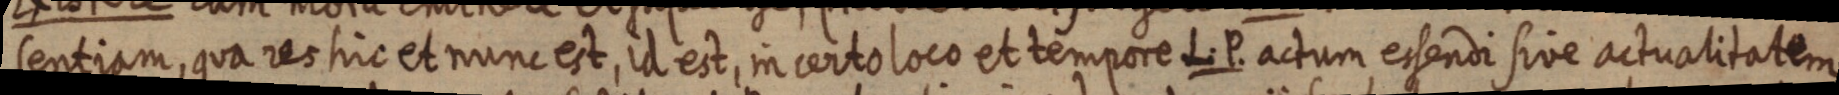
sentiam, qua res hic et nunc est, id est, in certo loco et tempore L. P. actum essendi sive actualitatem